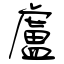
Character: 盧